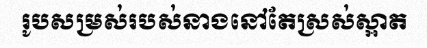
រូបសម្រស់របស់នាងនៅតែស្រស់ស្អាត